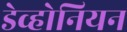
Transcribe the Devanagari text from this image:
डेव्होनियन